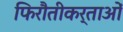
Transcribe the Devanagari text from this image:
फिरौतीकर्ताओं